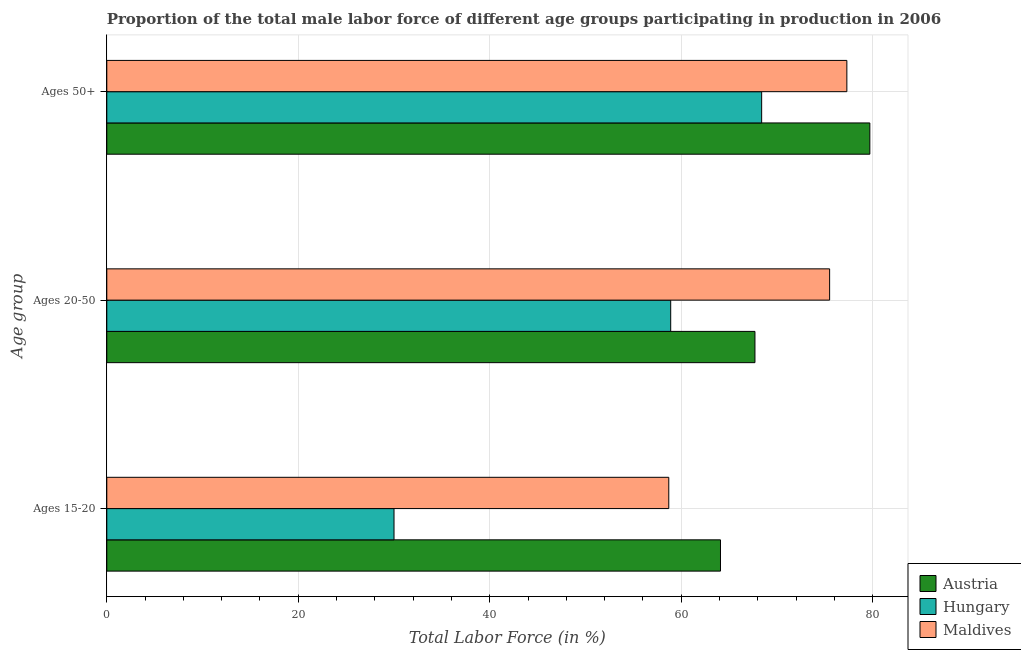
| Age group | Austria | Hungary | Maldives |
 | --- | --- | --- | --- |
 | Ages 15-20 | 64.1 | 30 | 58.7 |
 | Ages 20-50 | 67.7 | 58.9 | 75.5 |
 | Ages 50+ | 79.7 | 68.4 | 77.3 |